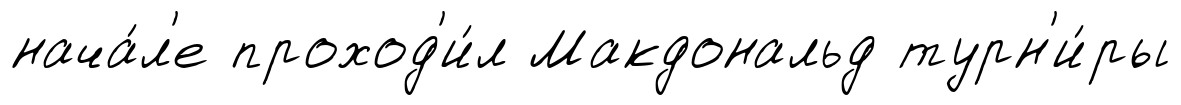
нача́л'е проход'и́л Макдональд турн'и́ры